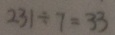
2 3 1 \div 7 = 3 3